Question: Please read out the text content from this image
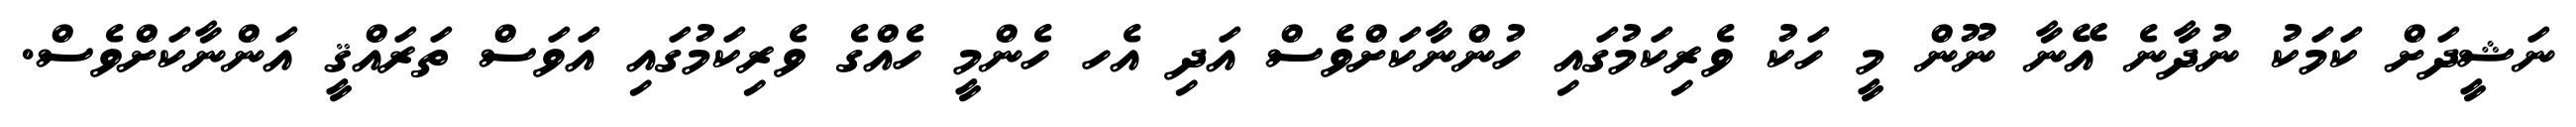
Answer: ނަޝީދަށް ކަމަކު ނުދާނެ އޭނާ ނޫން މީ ހަކު ވެރިކަމުގައި ހުންނާކަށްވެސް އަދި އެހ ހެންމީ ހެއްގެ ވެރިކަމުގައި އަވަސް ތަރައްޤީ އަންނާކަށްވެސް.